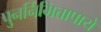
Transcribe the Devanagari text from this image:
पुनर्निमित्तापाये